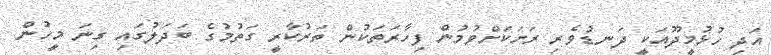
އަދި ހުޅުމީދޫއަކީ ދަނޑުވެރި ރަށަކަށްވުމުން ފިހާރަތަކުން ތަރުކާރީ ގަތުމުގެ ބަދަލުގައި ގިނަ މީހުން